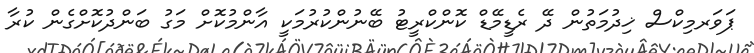
ޕަވަރމިކްސް ޚިދުމަތުން ދޭ ރެޑީމޭޑް ކޮންކްރީޓު ބޭނުންކުރުމަކީ އާންމުކޮށް މަގު ބަންދުކޮށްގެން ކުރާ